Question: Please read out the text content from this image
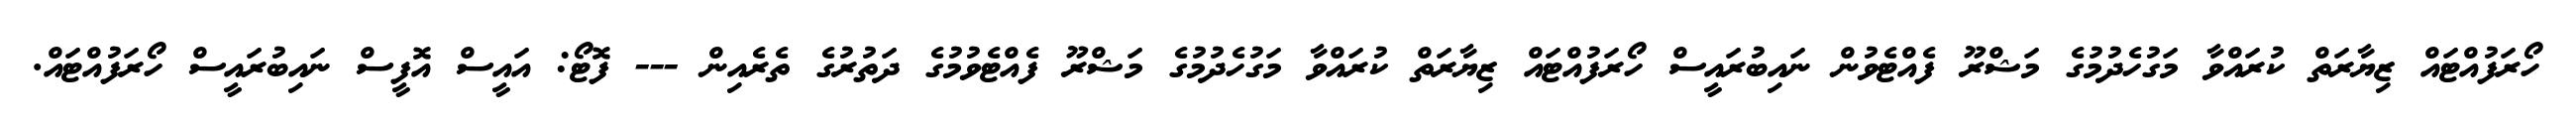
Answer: ހޯރަފުއްޓައް ޒިޔާރަތް ކުރައްވާ މަގުހެދުމުގެ މަޝްރޫ ފެއްޓެވުން ނައިބުރައީސް ހޯރަފުއްޓައް ޒިޔާރަތް ކުރައްވާ މަގުހެދުމުގެ މަޝްރޫ ފެއްޓެވުމުގެ ދަތުރުގެ ތެރެއިން --- ފޮޓޯ: އައީސް އޮފީސް ނައިބުރައީސް ހޯރަފުއްޓައް.